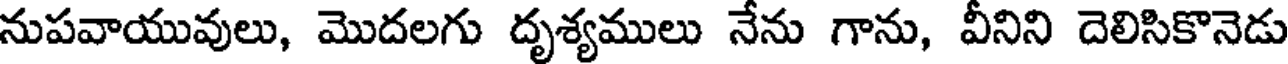
నుపవాయువులు, మొదలగు దృశ్యములు నేను గాను, వీనిని దెలిసికొనెడు